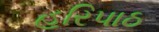
હરિપાઠ